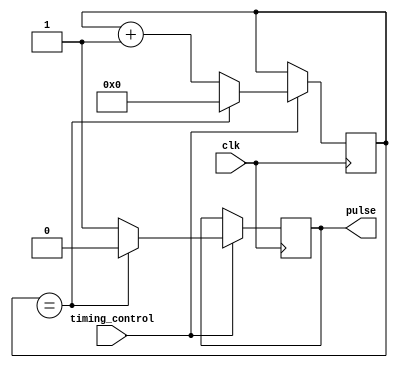
module Synchronous_Pulse_Generator (
    input wire clk,
    input wire timing_control,
    output reg pulse
);

reg [7:0] counter = 8'd0;
reg pulse_reg = 1'b0;

always @(posedge clk) begin
    if (timing_control == 1'b1) begin
        if (counter == {pulse_width_in_cycles}) begin
            pulse_reg <= 1'b0;
            counter <= 8'd0;
        end else begin
            pulse_reg <= 1'b1;
            counter <= counter + 1;
        end
    end
end

assign pulse = pulse_reg;

endmodule